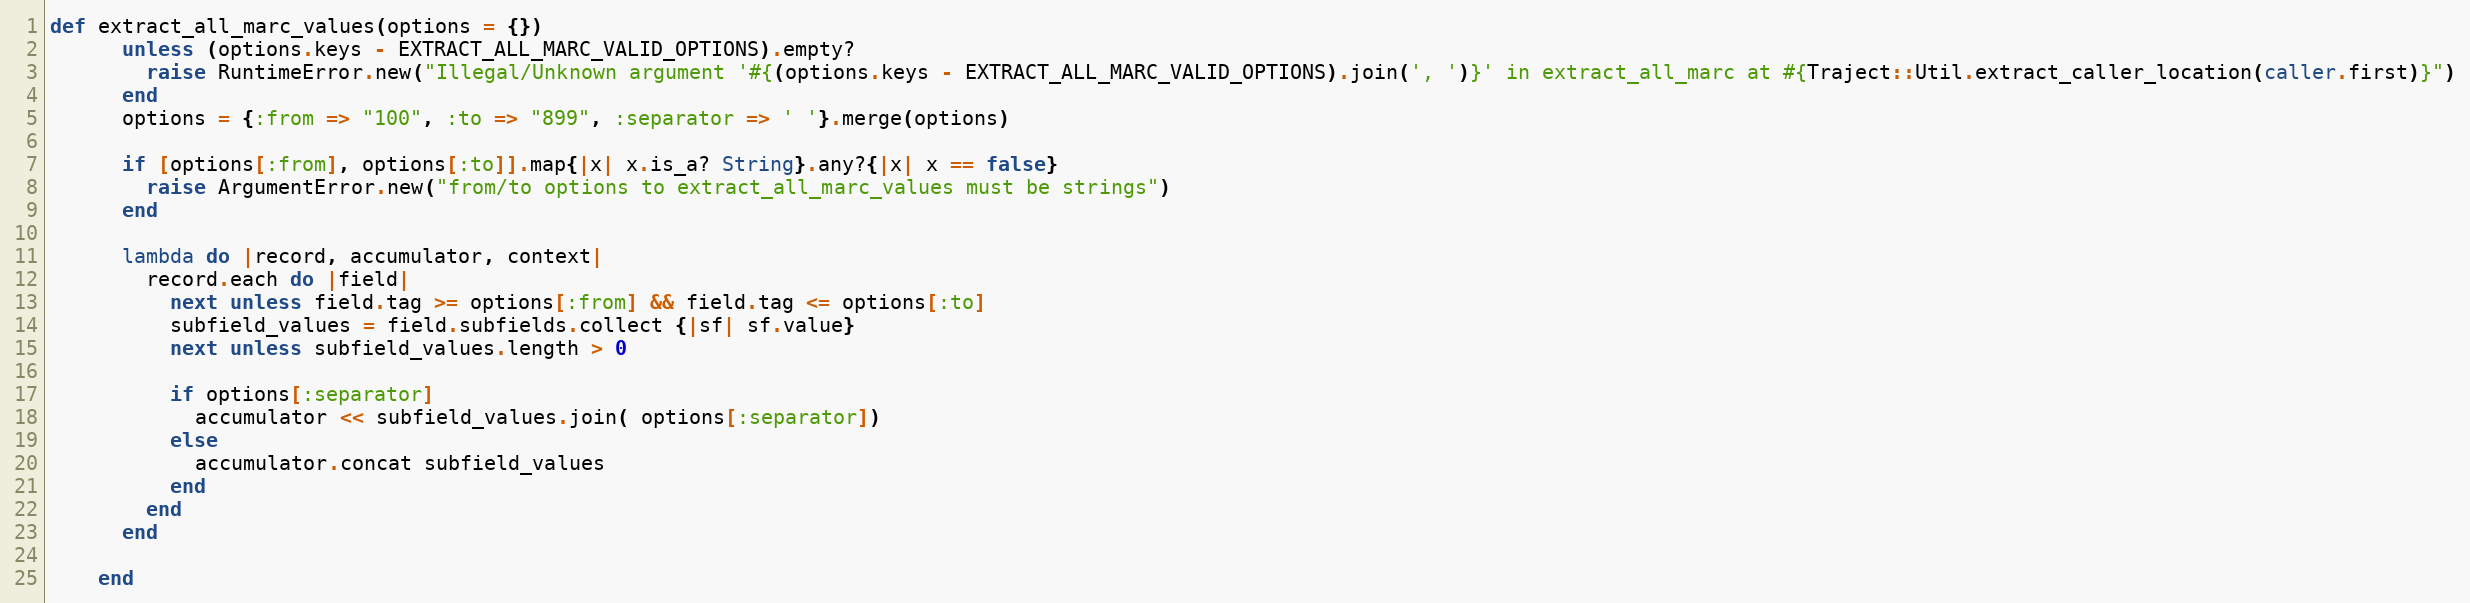
Language: Ruby
def extract_all_marc_values(options = {})
      unless (options.keys - EXTRACT_ALL_MARC_VALID_OPTIONS).empty?
        raise RuntimeError.new("Illegal/Unknown argument '#{(options.keys - EXTRACT_ALL_MARC_VALID_OPTIONS).join(', ')}' in extract_all_marc at #{Traject::Util.extract_caller_location(caller.first)}")
      end
      options = {:from => "100", :to => "899", :separator => ' '}.merge(options)

      if [options[:from], options[:to]].map{|x| x.is_a? String}.any?{|x| x == false}
        raise ArgumentError.new("from/to options to extract_all_marc_values must be strings")
      end

      lambda do |record, accumulator, context|
        record.each do |field|
          next unless field.tag >= options[:from] && field.tag <= options[:to]
          subfield_values = field.subfields.collect {|sf| sf.value}
          next unless subfield_values.length > 0

          if options[:separator]
            accumulator << subfield_values.join( options[:separator])
          else
            accumulator.concat subfield_values
          end
        end
      end

    end